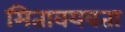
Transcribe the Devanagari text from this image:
मितावयवता